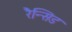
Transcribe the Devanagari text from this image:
रैन्सिड